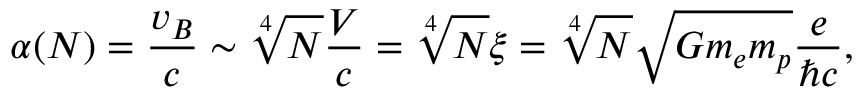
\alpha ( N ) = \frac { v _ { B } } { c } \sim \sqrt [ 4 ] { N } \frac { V } { c } = \sqrt [ 4 ] { N } \xi = \sqrt [ 4 ] { N } \sqrt { G m _ { e } m _ { p } } \frac { e } { \hbar c } ,